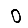
Digit: 0